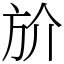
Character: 斺